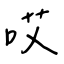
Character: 哎